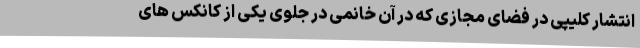
انتشار کلیپی در فضای مجازی که در آن خانمی در جلوی یکی از کانکس های